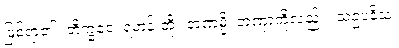
ဖြစ်ရာ၏။ ဘိက္ခဝေ၊ ရဟန်းတို့။ တဏှမ္ပိ၊ တဏှာကိုလည်း။ သဥပနိသံ၊